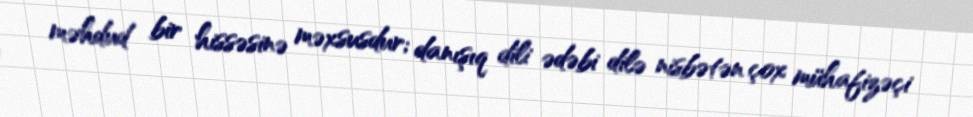
məhdud bir hissəsinə məxsusdur; danışıq dili ədəbi dilə nisbətən çox mühafizəçi